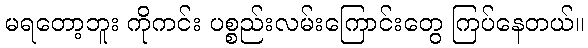
မရတော့ဘူး ကိုကင်း ပစ္စည်းလမ်းကြောင်းတွေ ကြပ်နေတယ်။